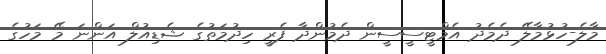
މާލެ-ހުޅުމާލޭ ދެމެދު އެމްޓީސީސީން ދެމުންދާ ފެރީ ހިދުމަތުގެ ޝެޑިއުލް އަންނަ މޭ މަހުގެ